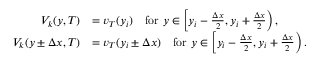
\begin{array} { r l } { V _ { k } ( y , T ) } & { = v _ { T } ( y _ { i } ) \quad \mathrm { f o r ~ } y \in \left[ y _ { i } - \frac { \Delta x } { 2 } , y _ { i } + \frac { \Delta x } { 2 } \right) , } \\ { V _ { k } ( y \pm \Delta x , T ) } & { = v _ { T } ( y _ { i } \pm \Delta x ) \quad \mathrm { f o r ~ } y \in \left[ y _ { i } - \frac { \Delta x } { 2 } , y _ { i } + \frac { \Delta x } { 2 } \right) . } \end{array}